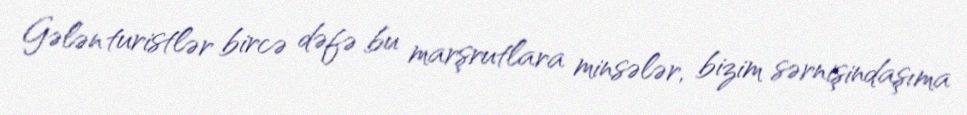
Gələn turistlər bircə dəfə bu marşrutlara minsələr, bizim sərnişindaşıma